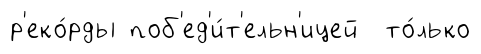
р'еко́рды поб'ед'и́т'ельн'ицей то́лько